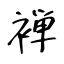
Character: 褝